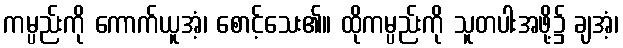
ကမ္ပည်းကို ကောက်ယူအံ့၊ စောင့်သေး၏။ ထိုကမ္ပည်းကို သူတပါးအဖို့၌ ချအံ့၊